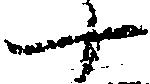
十